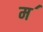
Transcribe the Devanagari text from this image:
म॔